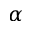
\alpha